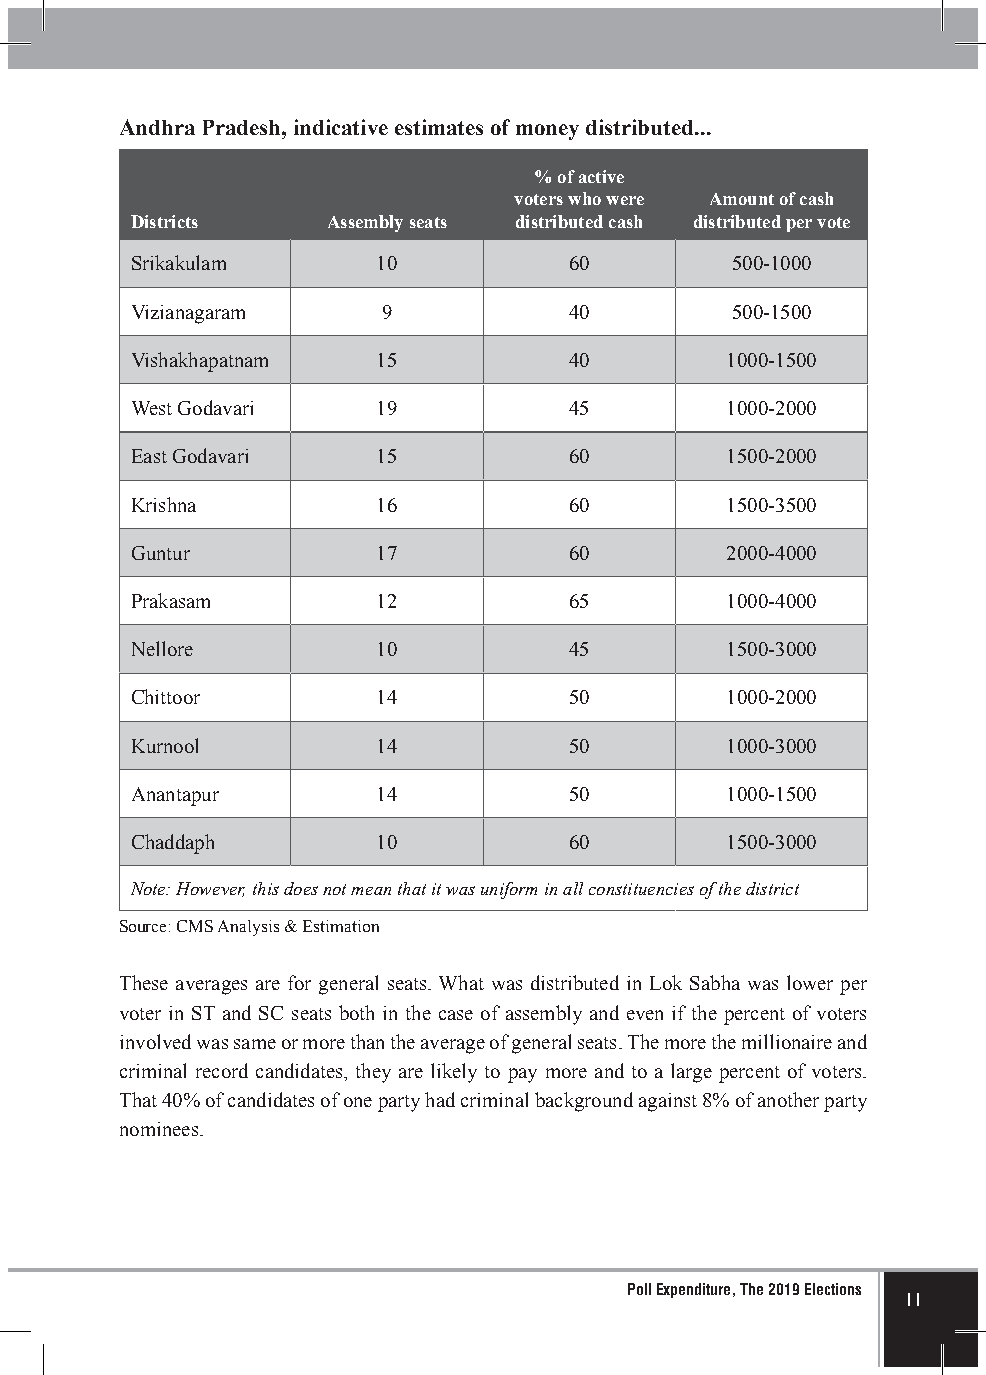
Andhra Pradesh, indicative estimates of money distributed...
 % of active
 voters who were Amount of cash
 Districts    Assembly seats distributed cash distributed per vote
 Srikakulam      10           60        500-1000
 Vizianagaram    9            40        500-1500
 Vishakhapatnam  15           40        1000-1500
 West Godavari   19           45        1000-2000
 East Godavari   15           60        1500-2000
 Krishna         16           60        1500-3500
 Guntur          17           60        2000-4000
 Prakasam        12           65        1000-4000
 Nellore         10           45        1500-3000
 Chittoor        14           50        1000-2000
 Kurnool         14           50        1000-3000
 Anantapur       14           50        1000-1500
 Chaddaph        10           60        1500-3000
 Note: However, this does not mean that it was uniform in all constituencies of the district
 Source: CMS Analysis & Estimation
 These averages are for general seats. What was distributed in Lok Sabha was lower per
 voter in ST and SC seats both in the case of assembly and even if the percent of voters
 involved was same or more than the average of general seats. The more the millionaire and
 criminal record candidates, they are likely to pay more and to a large percent of voters.
 That 40% of candidates of one party had criminal background against 8% of another party
 nominees.
 Poll Expenditure, The 2019 Elections
 11